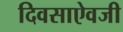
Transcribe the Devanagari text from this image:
दिवसाऐवजी